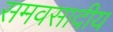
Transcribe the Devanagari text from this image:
समवसादीय